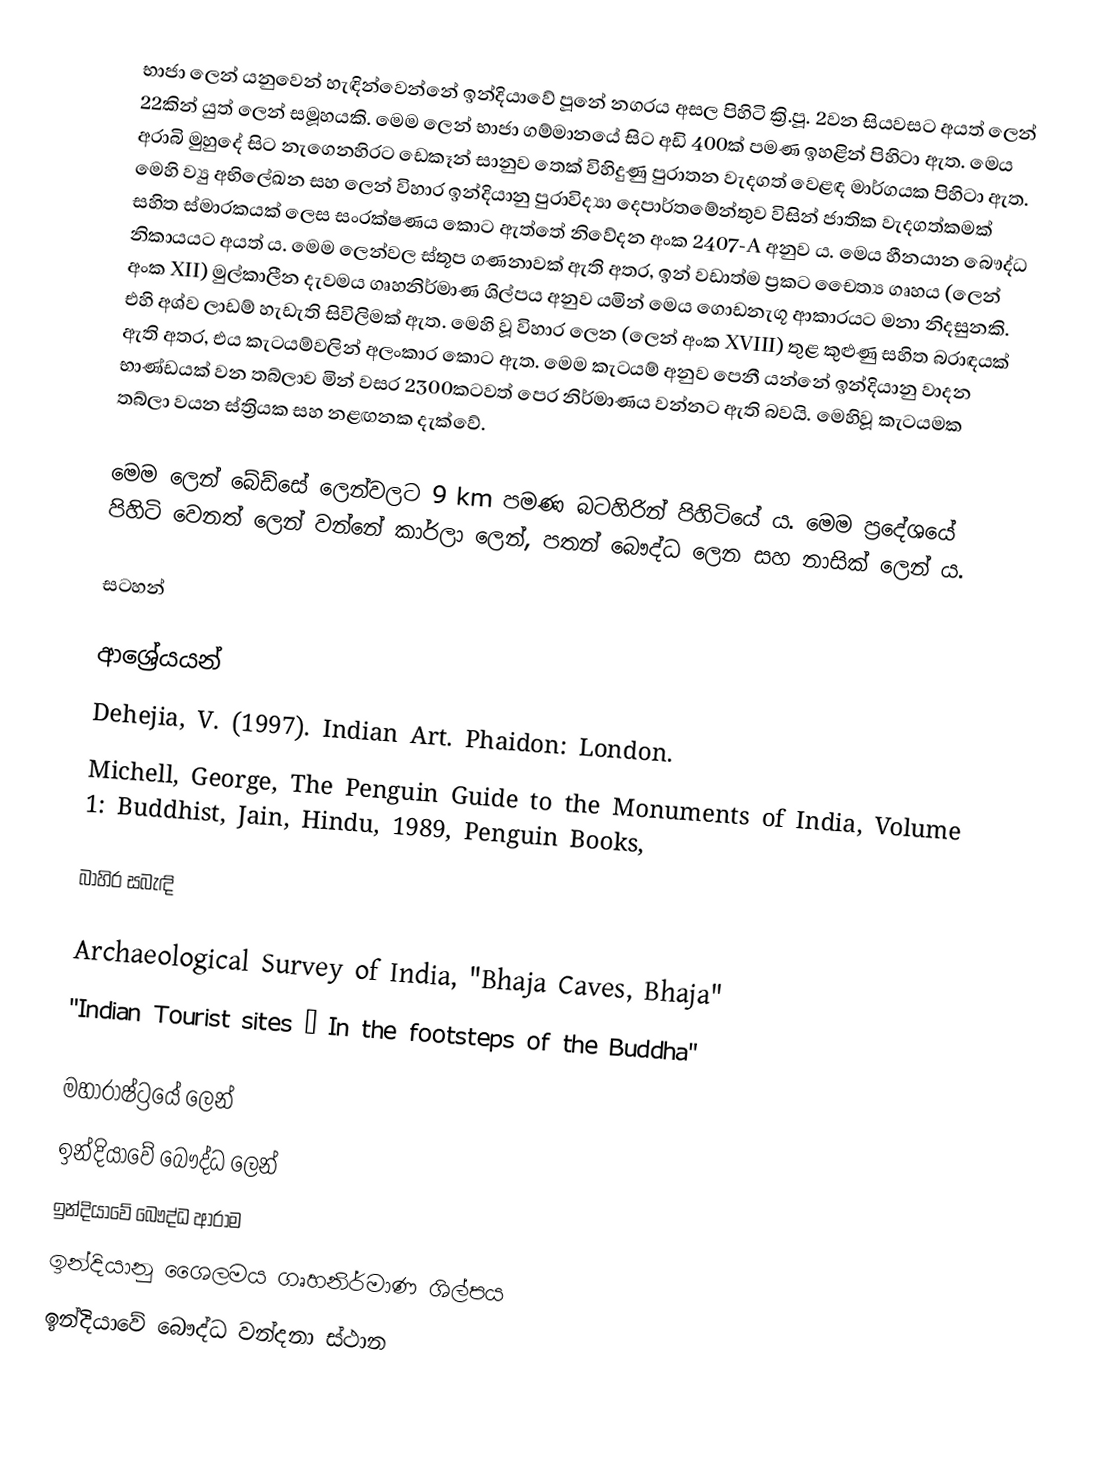
භාජා ලෙන් ‍යනුවෙන් හැඳින්වෙන්නේ ඉන්දියාවේ පූනේ නගරය අසල පිහිටි ක්‍රි.පූ. 2වන සියවසට අයත් ලෙන් 22කින් යුත් ලෙන් සමූහයකි. මෙම ලෙන් භාජා ගම්මානයේ සිට අඩි 400ක් පමණ ඉහළින් පිහිටා ඇත. මෙය අරාබි මුහුදේ සිට නැගෙනහිරට ඩෙකෑන් සානුව තෙක් විහිදුණු පුරාතන වැදගත් වෙළඳ මාර්ගයක පිහිටා ඇත. මෙහි ව්‍යු අභිලේඛන සහ ලෙන් විහාර ඉන්දියානු පුරාවිද්‍යා දෙපාර්තමේන්තුව විසින් ජාතික වැදගත්කමක් සහිත ස්මාරකයක් ලෙස සංරක්ෂණය කොට ඇත්තේ නිවේදන අංක 2407-A අනුව ය. මෙය හීනයාන බෞද්ධ නිකායයට අයත් ය. මෙම ලෙන්වල ස්තූප ගණනාවක් ඇති අතර, ඉන් වඩාත්ම ප්‍රකට චෛත්‍ය ගෘහය (ලෙන් අංක XII) මුල්කාලීන දැවමය ගෘහනිර්මාණ ශිල්පය අනුව යමින් මෙය ගොඩනැගූ ආකාරයට මනා නිදසුනකි. එහි අශ්ව ලාඩම් හැඩැති සිවිලිමක් ඇත. මෙහි වූ විහාර ලෙන (ලෙන් අංක XVIII) තුළ කුළුණු සහිත බරාඳයක් ඇති අතර, එය කැටයම්වලින් අලංකාර කොට ඇත. මෙම කැටයම් අනුව පෙනී යන්නේ ඉන්දියානු වාදන භාණ්ඩයක් වන තබ්ලාව මින් වසර 2300කටවත් පෙර නිර්මාණය වන්නට ඇති බවයි. මෙහිවූ කැටයමක තබ්ලා වයන ස්ත්‍රියක සහ නළඟනක දැක්වේ.

මෙම ලෙන් බේඩ්සේ ලෙන්වලට 9 km පමණ බටහිරින් පිහිටියේ ය. මෙම ප්‍රදේශයේ පිහිටි වෙනත් ලෙන් වන්නේ කාර්ලා ලෙන්, පතන් බෞද්ධ ලෙන සහ නාසික් ලෙන් ය.

සටහන්

ආශ්‍රේයයන්
Dehejia, V. (1997). Indian Art. Phaidon: London.
Michell, George, The Penguin Guide to the Monuments of India, Volume 1: Buddhist, Jain, Hindu, 1989, Penguin Books,

බාහිර සබැඳි

 Archaeological Survey of India, "Bhaja Caves, Bhaja"
 "Indian Tourist sites – In the footsteps of the Buddha"

මහාරාෂ්ට්‍රයේ ලෙන්
ඉන්දියාවේ බෞද්ධ ලෙන්
ඉන්දියාවේ බෞද්ධ ආරාම
ඉන්දියානු ශෛලමය ගෘහනිර්මාණ ශිල්පය
ඉන්දියාවේ බෞද්ධ වන්දනා ස්ථාන